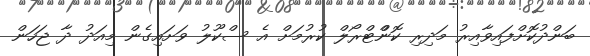
ބަންދުކޮށްފައިވާއިރު މަދިރި ކޮންްޓްރޯލް ކުރުމަށް އެ ސްކޫލު ވަށައިގެން މިއަދު ދާ ޖަހަން